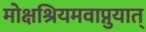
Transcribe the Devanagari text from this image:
मोक्षश्रियमवाप्नुयात्